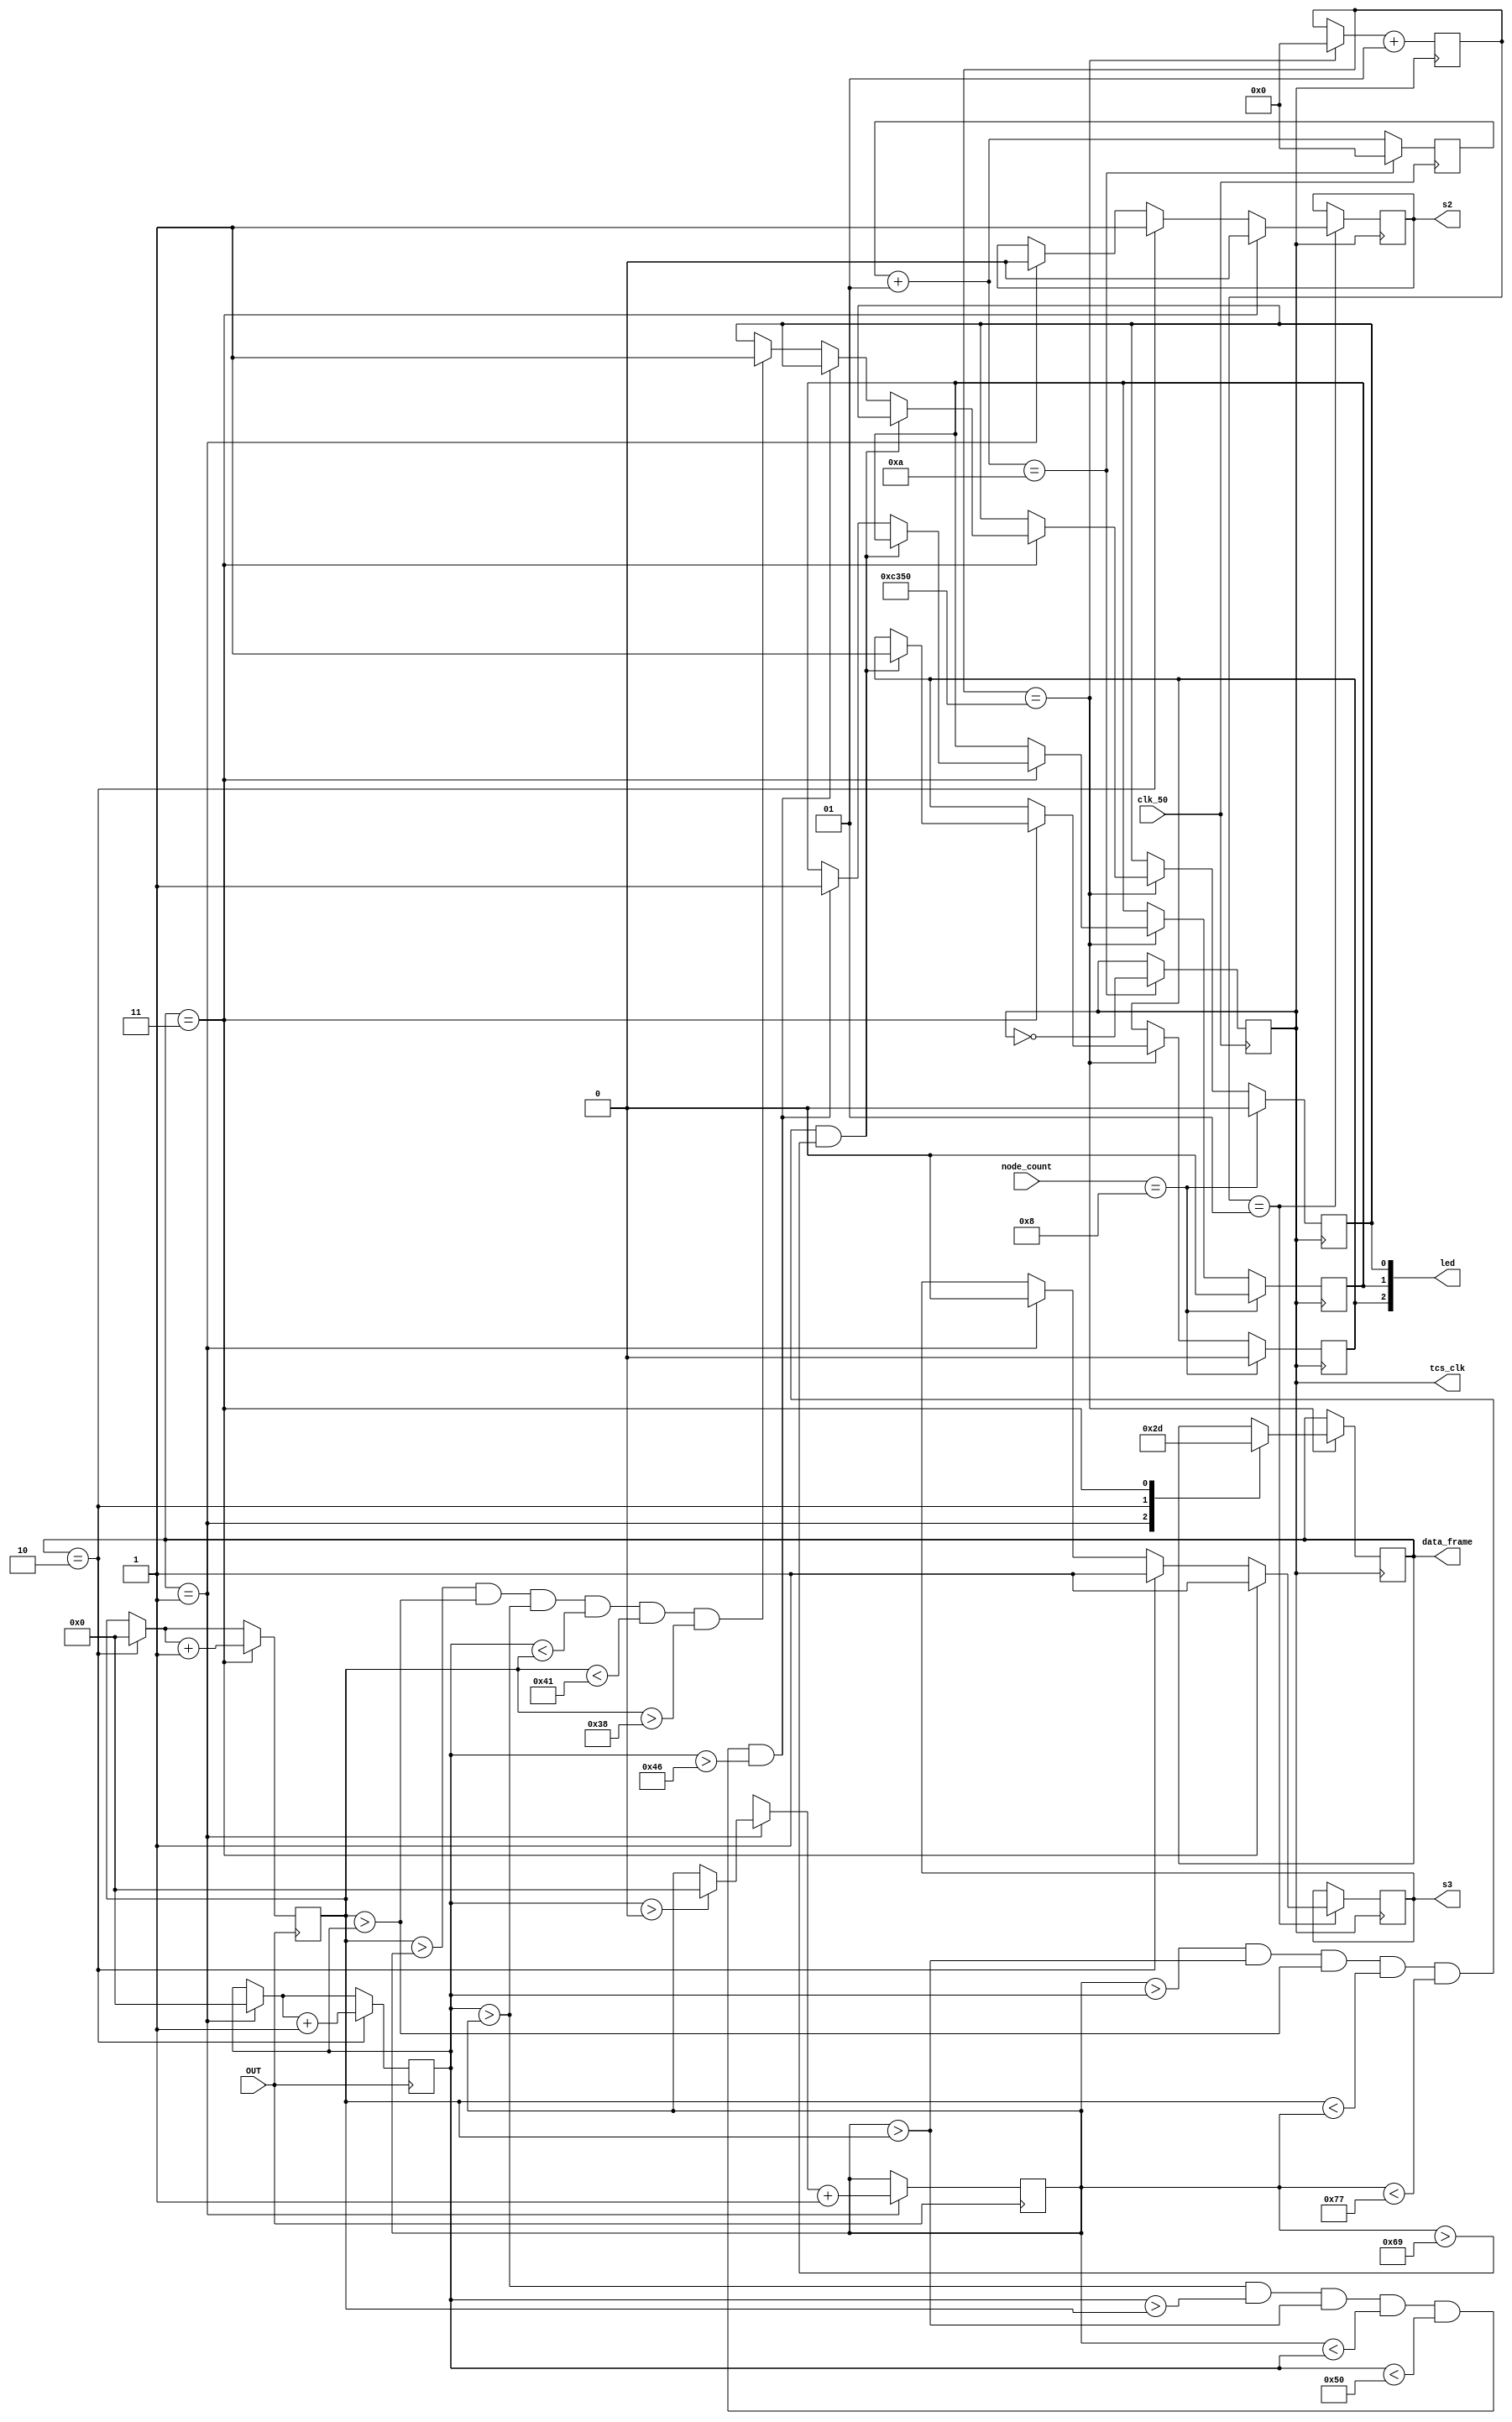
module SM1511_CD( input clk_50,OUT,
                  input [4:0]node_count,
                  output [2:0]led,
						output [1:0]data_frame,
						output s2,s3,tcs_clk
					 );

// declaration of variables
					 
integer count = -1;
integer counter = 1;
reg [1:0] data_frame_reg = 1;
reg s2_reg = 0;
reg s3_reg = 0;
reg led_red = 0;
reg led_green = 0;
reg led_blue = 0;
reg tcs_clk_reg = 0;
reg [11:0]color_fre_red = 12'b00000000000;
reg [11:0]color_fre_green = 12'b00000000000;
reg [11:0]color_fre_blue = 12'b00000000000;

// assigning variables to appropriate ports

assign tcs_clk = tcs_clk_reg;
assign s2 = s2_reg;
assign s3 = s3_reg;
assign data_frame = data_frame_reg;
assign led[2] = led_red;
assign led[1] = led_green;
assign led[0] = led_blue;

// PWM from 50MHz to 2.5MHz

always @(negedge clk_50) begin

   count = count + 1;
	if(count == 10) begin
	   tcs_clk_reg = ~tcs_clk_reg;
		count = 0;
	end
	
end

// updating data frame 

always @(negedge tcs_clk) begin

   if(counter == 50000) begin
	   case (data_frame_reg)
		
	      2'b01 : data_frame_reg = 2'b10;
		   2'b10 : data_frame_reg = 2'b11;
		   2'b11 : data_frame_reg = 2'b01;

		endcase
	end
end

//assigning values to s2 and s3

always @(posedge tcs_clk) begin

   if(counter == 1) begin
	   if(data_frame_reg == 1) begin
	   s2_reg = 0;
		s3_reg = 0;
	   end
	   if(data_frame_reg == 2) begin
	   s2_reg = 1;
		s3_reg = 1;
	   end
	   if(data_frame_reg == 3) begin
	   s2_reg = 0;
		s3_reg = 1;
	   end
	end
	
end

//assigning color frequencies to appropriate channels and updating leds

always @(negedge tcs_clk) begin

   if(counter == 50000) begin
	   counter = 0;
		// update channel
		if(data_frame_reg == 3) begin
			if(color_fre_red > color_fre_green && color_fre_red > color_fre_blue && color_fre_blue > color_fre_green && color_fre_blue < color_fre_red && color_fre_red < 119 && color_fre_red > 105) begin 
				led_red = 1;
			end
			else if(color_fre_green > color_fre_red && color_fre_green > color_fre_blue && color_fre_red > color_fre_blue && color_fre_red < color_fre_green && color_fre_green < 80 && color_fre_green > 70) begin 
				      led_green = 1;
				  end
				  else if(color_fre_blue > color_fre_red && color_fre_blue > color_fre_green && color_fre_green > color_fre_red && color_fre_green < color_fre_blue && color_fre_blue < 65 && color_fre_blue > 56) begin 
				     led_blue = 1;
				  end
		end
	end
   
	if(node_count == 8) begin
	
	   led_red = 0;
		led_green = 0;
		led_blue = 0;
	
	end
	
	counter = counter + 1;
	
end

//counting color frequency

 always @(posedge OUT) begin

   if(data_frame == 1) begin
	   if(color_fre_green > 0) color_fre_red = 0;
	   color_fre_red = color_fre_red + 1;
		color_fre_green = 0;
	end
	if(data_frame == 2) begin
	   color_fre_green = color_fre_green + 1;
		color_fre_blue = 0;
	end
	if(data_frame == 3) begin
	   color_fre_blue = color_fre_blue + 1;
	end
	
end

endmodule